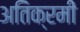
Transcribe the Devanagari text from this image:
अतिक्रमी